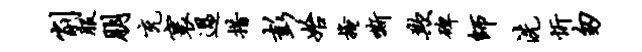
削服朋充寰过措彭始掩嘶欺碑师洗忻匆